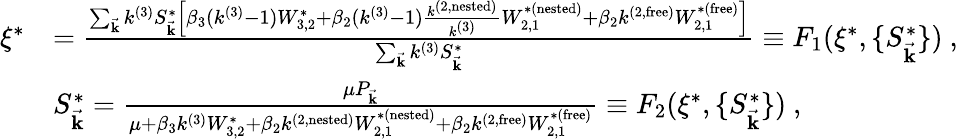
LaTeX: \begin{array}{rl}{\xi^{*}}&{=\frac{\sum_{\vec{\mathbf{k}}}k^{(3)}S_{\vec{\mathbf{k}}}^{*}\left[\beta_{3}(k^{(3)}-1)W_{3,2}^{*}+\beta_{2}(k^{(3)}-1)\frac{k^{(2,\mathrm{nested})}}{k^{(3)}}W_{2,1}^{*(\mathrm{nested})}+\beta_{2}k^{(2,\mathrm{free})}W_{2,1}^{*(\mathrm{free})}\right]}{\sum_{\vec{\mathbf{k}}}k^{(3)}S_{\vec{\mathbf{k}}}^{*}}\equiv F_{1}(\xi^{*},\{ S_{\vec{\mathbf{k}}}^{*}\} )~,}\\ &{S_{\vec{\mathbf{k}}}^{*}=\frac{{\mu}P_{\vec{\mathbf{k}}}}{\mu+\beta_{3}k^{(3)}W_{3,2}^{*}+\beta_{2}k^{(2,\mathrm{nested})}W_{2,1}^{*(\mathrm{nested})}+\beta_{2}k^{(2,\mathrm{free})}W_{2,1}^{*(\mathrm{free})}}\equiv F_{2}(\xi^{*},\{ S_{\vec{\mathbf{k}}}^{*}\} )~,}\end{array}